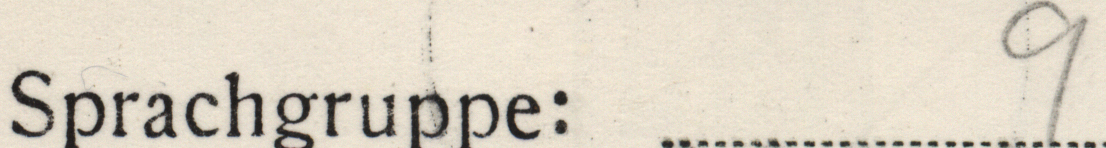
Sprachgruppe: 9